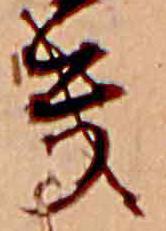
き